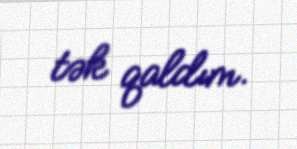
tək qaldım.